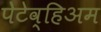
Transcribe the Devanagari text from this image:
पेटेव्हिअम